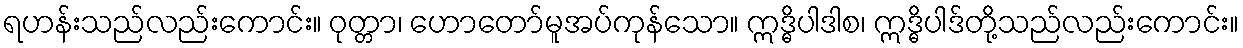
ရဟန်းသည်လည်းကောင်း။ ဝုတ္တာ၊ ဟောတော်မူအပ်ကုန်သော။ ဣဒ္ဓိပါဒါစ၊ ဣဒ္ဓိပါဒ်တို့သည်လည်းကောင်း။